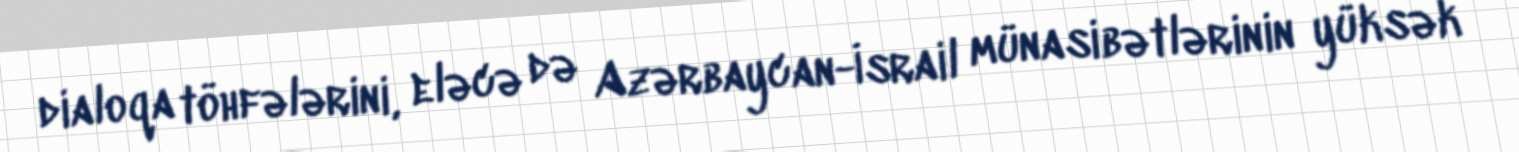
dialoqa töhfələrini, eləcə də Azərbaycan-İsrail münasibətlərinin yüksək